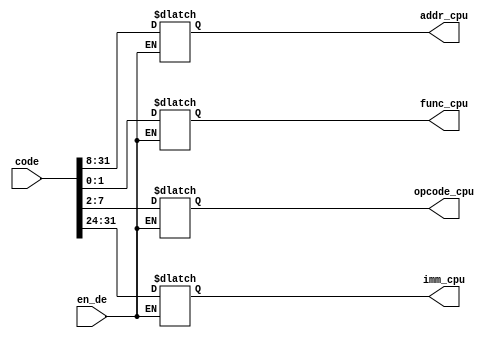
`timescale 1ns / 1ps
//////////////////////////////////////////////////////////////////////////////////
// Company: 
// Engineer: 
// 
// Design Name: 
// Module Name: decoder_cpu
// Project Name: 
// Target Devices: 
// Tool Versions: 
// Description: 
// 
// Dependencies: 
// 
// Revision:
// Revision 0.01 - File Created
// Additional Comments:
// 
//////////////////////////////////////////////////////////////////////////////////


module decoder_cpu(addr_cpu,code,func_cpu,opcode_cpu,imm_cpu,en_de);
input [31:0] code;
input en_de;
output reg [23:0] addr_cpu;
output reg [1:0] func_cpu;
output reg [5:0] opcode_cpu;
output reg [7:0] imm_cpu;

always@(*)
begin
if(en_de == 1) begin
 addr_cpu = code[31:8];
 func_cpu = code[1:0];
 opcode_cpu = code[7:2];
 imm_cpu = code[31:24];
 end
else begin
 addr_cpu = addr_cpu;
 func_cpu = func_cpu;
 opcode_cpu = opcode_cpu;
 imm_cpu = imm_cpu;
end
end
endmodule